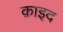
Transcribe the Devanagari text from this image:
क़ाइद